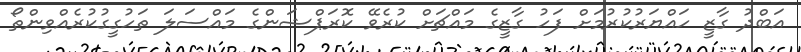
އަބްދު ގާޒީ ހައްޔަރުކުރުމަށް ފަހު ގާޒީގެ މައްޗަށް ކުރެވޭ ކޮރަޕްޝަންގެ މައްސަލަ ތަހުގީގުކުރެއްވިންތޯ